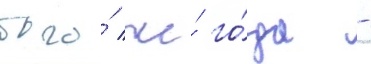
того́ же́ го́да -